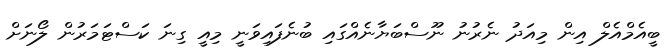
ބީއެމްއެލް އިން މިއަދު ނެރުނު ނޫސްބަޔާނެއްގައި ބުނެފައިވަނީ މިއީ ގިނަ ކަސްޓަމަރުން ލޯނަށް